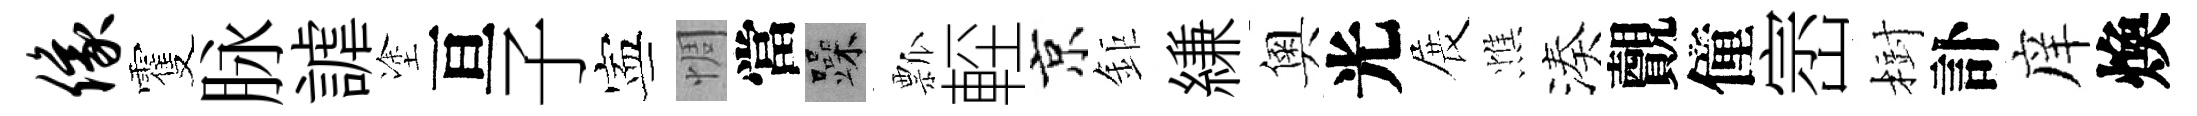
像䨥脉謔塗亘子寕惆當躁瓢䡖京鉅縑奧光展憔湊覿僮崈𣗳訃庠煥